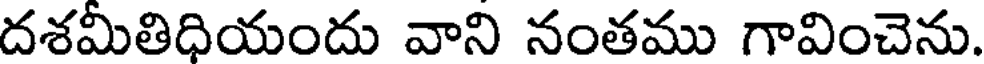
దశమీతిధియందు వాని నంతము గావించెను.